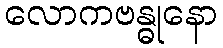
လောကဗန္ဓုနော